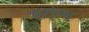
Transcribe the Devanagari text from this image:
सर्पेण्ट